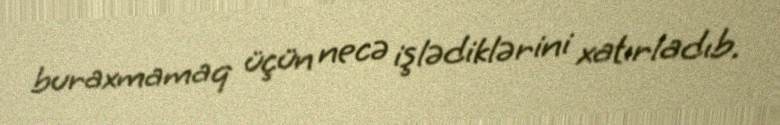
buraxmamaq üçün necə işlədiklərini xatırladıb.